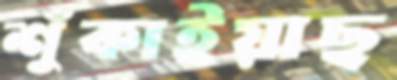
শুঁকাইয়াছ